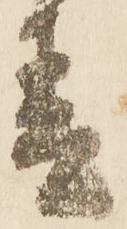
春